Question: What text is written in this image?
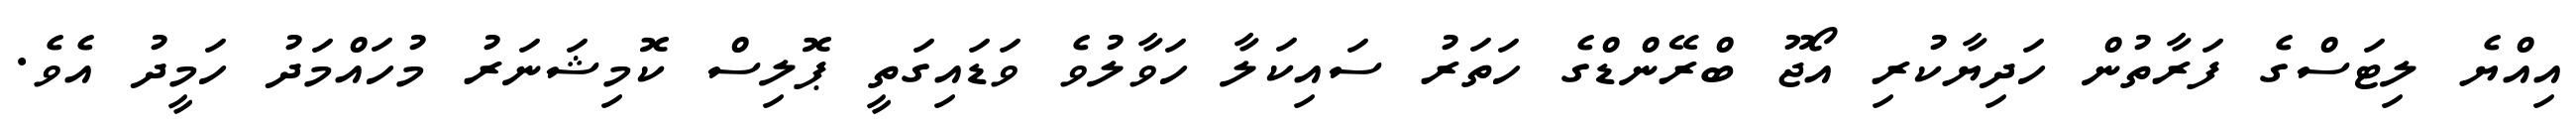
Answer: އިއްޔެ ލިޓަސްގެ ފަރާތުން ހަދިޔާކުރި އޯޖޫ ބްރޭންޑްގެ ހަތަރު ސައިކަލާ ހަވާލުވެ ވަޑައިގަތީ ޕޮލިސް ކޮމިޝަނަރު މުހައްމަދު ހަމީދު އެވެ.